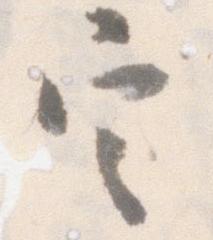
定